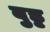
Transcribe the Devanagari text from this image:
बुड्ढ